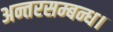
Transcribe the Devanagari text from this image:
अन्तरसम्बन्ध।